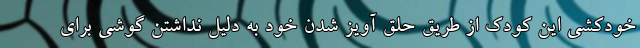
خودکشی این کودک از طریق حلق آویز شدن خود به دلیل نداشتن گوشی برای